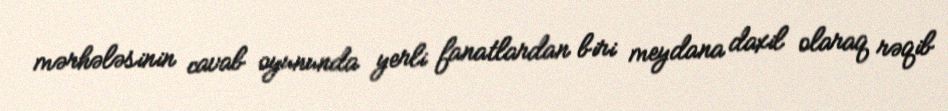
mərhələsinin cavab oyununda yerli fanatlardan biri meydana daxil olaraq rəqib